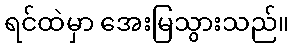
ရင်ထဲမှာ အေးမြသွားသည်။